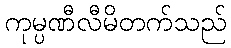
ကုမ္ပဏီလီမိတက်သည်